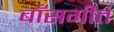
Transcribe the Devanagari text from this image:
बाँसगीत